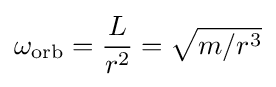
\omega _{\rm {orb}}={\frac {L}{r^{2}}}={\sqrt {m/r^{3}}}